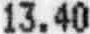
13.40